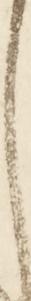
し